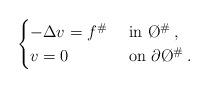
LaTeX: \begin{align*}\begin{cases} -\Delta v=f^\# &\mbox{ in } \O^\#\,,\\ v=0 & \mbox{ on }\partial\O^\#\, .\end{cases}\end{align*}